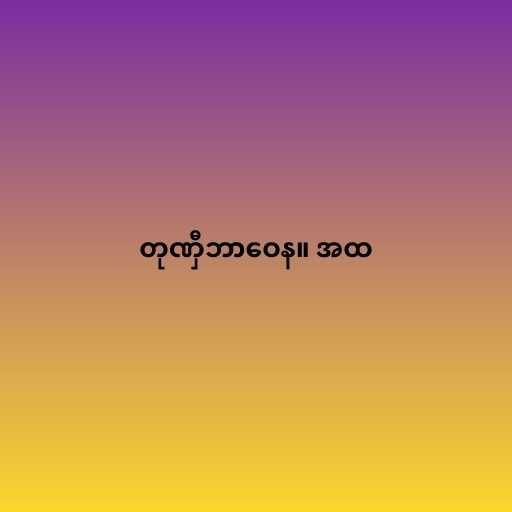
တုဏှီဘာဝေန။ အထ